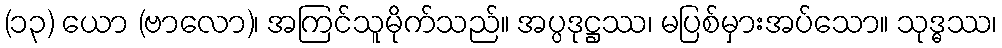
(၁၃) ယော (ဗာလော)၊ အကြင်သူမိုက်သည်။ အပ္ပဒုဋ္ဌဿ၊ မပြစ်မှားအပ်သော။ သုဒ္ဓဿ၊